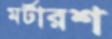
মর্টারশ